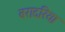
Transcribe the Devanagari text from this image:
बरादरिया